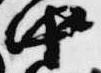
中